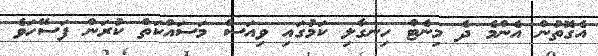
އެގޮތުން އެންމެ ދެ މިނެޓް ހިނގާލި ކަމުގައި ވިއަސް މަސައްކަތް ކުރަން ފަސޭހަވެ